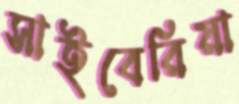
সাইবেরিয়া